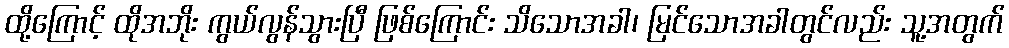
ထို့ကြောင့် ထိုအဘိုး ကွယ်လွန်သွားပြီ ဖြစ်ကြောင်း သိသောအခါ၊ မြင်သောအခါတွင်လည်း သူ့အတွက်